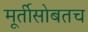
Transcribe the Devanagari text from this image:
मूर्तीसोबतच